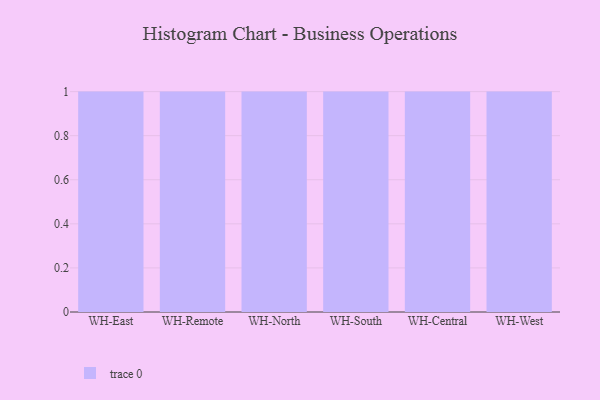
{"axis": {"x": "Warehouse", "y": "Latency (ms)"}, "legend": [""], "data": [{"x": "WH-East", "y": 99, "type": ""}, {"x": "WH-Remote", "y": 18, "type": ""}, {"x": "WH-North", "y": 66, "type": ""}, {"x": "WH-South", "y": 54, "type": ""}, {"x": "WH-Central", "y": 35, "type": ""}, {"x": "WH-West", "y": 65, "type": ""}]}